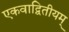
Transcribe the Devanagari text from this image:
एकवाद्वितीयम्